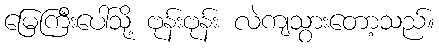
မြေကြီးပေါ်သို့ ဗုန်းဗုန်း လဲကျသွားတော့သည်။